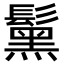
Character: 𩯗